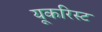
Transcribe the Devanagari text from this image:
यूकरिस्ट